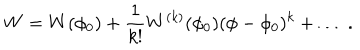
W = W ( \phi _ { 0 } ) + { \frac { 1 } { k ! } } W ^ { ( k ) } ( \phi _ { 0 } ) ( \phi - \phi _ { 0 } ) ^ { k } + \dots ~ .